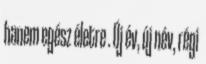
hanem egész életre . Új év, új név, régi